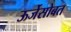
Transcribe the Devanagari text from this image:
ऊर्जेसोबत